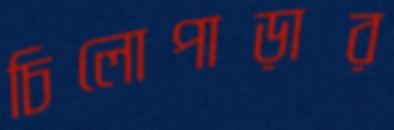
চিলোপাড়ার